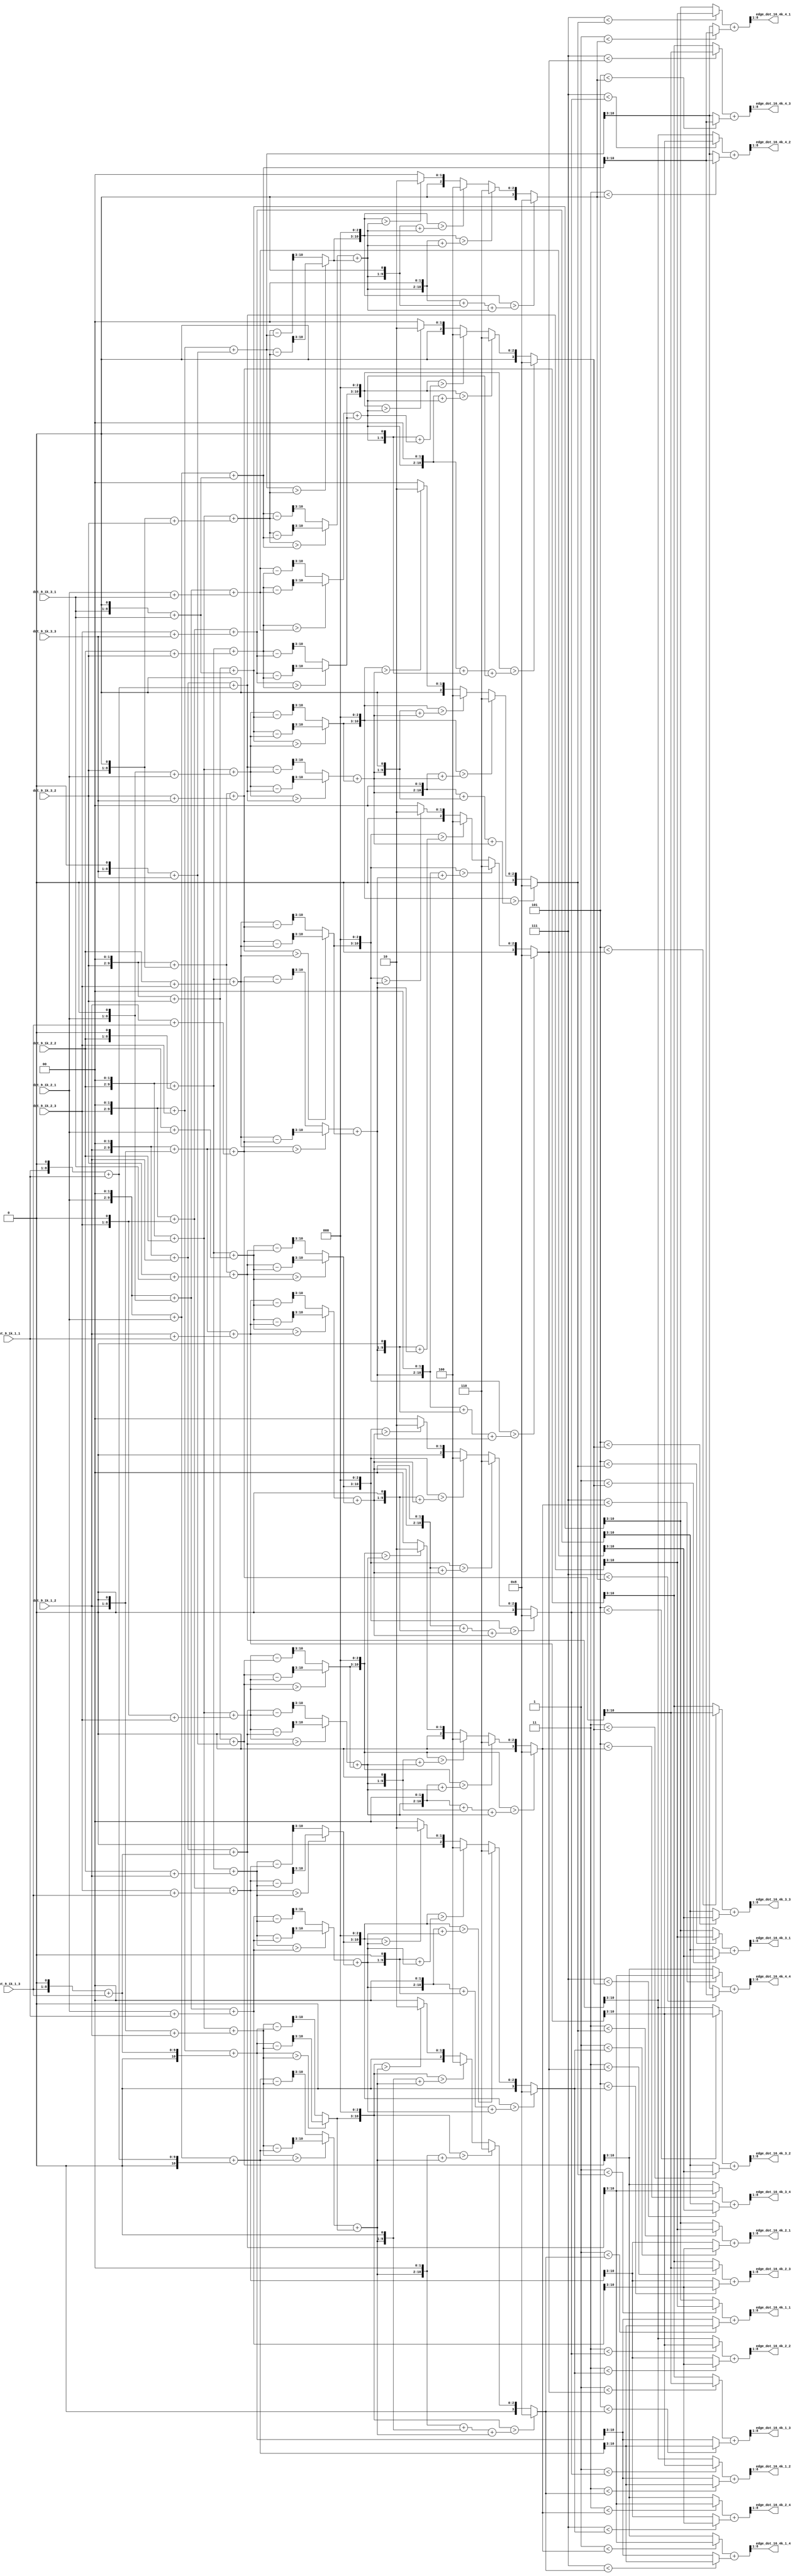
//9164k
module edge_16_generate
(
    input   wire    [7:0]   dot_9_1k_1_1            ,//1k9
    input   wire    [7:0]   dot_9_1k_1_2            ,
    input   wire    [7:0]   dot_9_1k_1_3            ,
    input   wire    [7:0]   dot_9_1k_2_1            ,
    input   wire    [7:0]   dot_9_1k_2_2            ,
    input   wire    [7:0]   dot_9_1k_2_3            ,
    input   wire    [7:0]   dot_9_1k_3_1            ,
    input   wire    [7:0]   dot_9_1k_3_2            ,
    input   wire    [7:0]   dot_9_1k_3_3            ,
    
    output  wire    [7:0]   edge_dot_16_4k_1_1    ,//94k
    output  wire    [7:0]   edge_dot_16_4k_1_2    ,
    output  wire    [7:0]   edge_dot_16_4k_1_3    ,
    output  wire    [7:0]   edge_dot_16_4k_1_4    ,
    output  wire    [7:0]   edge_dot_16_4k_2_1    ,
    output  wire    [7:0]   edge_dot_16_4k_2_2    ,
    output  wire    [7:0]   edge_dot_16_4k_2_3    ,
    output  wire    [7:0]   edge_dot_16_4k_2_4    ,
    output  wire    [7:0]   edge_dot_16_4k_3_1    ,
    output  wire    [7:0]   edge_dot_16_4k_3_2    ,
    output  wire    [7:0]   edge_dot_16_4k_3_3    ,
    output  wire    [7:0]   edge_dot_16_4k_3_4    ,
    output  wire    [7:0]   edge_dot_16_4k_4_1    ,
    output  wire    [7:0]   edge_dot_16_4k_4_2    ,
    output  wire    [7:0]   edge_dot_16_4k_4_3    ,
    output  wire    [7:0]   edge_dot_16_4k_4_4    
);

//
// wire    [9:0]   dot_9_1k_1_1_ls2    ;  
wire    [8:0]   dot_9_1k_1_1_ls1    ;  
// assign  dot_9_1k_1_1_ls2=dot_9_1k_1_1<<2;
assign  dot_9_1k_1_1_ls1=dot_9_1k_1_1<<1;
   
wire    [9:0]   dot_9_1k_1_2_ls2    ;  
wire    [8:0]   dot_9_1k_1_2_ls1    ;  
assign  dot_9_1k_1_2_ls2=dot_9_1k_1_2<<2;
assign  dot_9_1k_1_2_ls1=dot_9_1k_1_2<<1;

// wire    [9:0]   dot_9_1k_1_3_ls2    ;  
wire    [8:0]   dot_9_1k_1_3_ls1    ;  
// assign  dot_9_1k_1_3_ls2=dot_9_1k_1_3<<2;
assign  dot_9_1k_1_3_ls1=dot_9_1k_1_3<<1; 
          
wire    [9:0]   dot_9_1k_2_1_ls2    ;  
wire    [8:0]   dot_9_1k_2_1_ls1    ;  
assign  dot_9_1k_2_1_ls2=dot_9_1k_2_1<<2;
assign  dot_9_1k_2_1_ls1=dot_9_1k_2_1<<1;

wire    [9:0]   dot_9_1k_2_2_ls2    ;  
wire    [8:0]   dot_9_1k_2_2_ls1    ;  
assign  dot_9_1k_2_2_ls2=dot_9_1k_2_2<<2;
assign  dot_9_1k_2_2_ls1=dot_9_1k_2_2<<1;

wire    [9:0]   dot_9_1k_2_3_ls2    ;  
wire    [8:0]   dot_9_1k_2_3_ls1    ;  
assign  dot_9_1k_2_3_ls2=dot_9_1k_2_3<<2;
assign  dot_9_1k_2_3_ls1=dot_9_1k_2_3<<1;       
           
// wire    [9:0]   dot_9_1k_3_1_ls2    ;  
wire    [8:0]   dot_9_1k_3_1_ls1    ;  
// assign  dot_9_1k_3_1_ls2=dot_9_1k_3_1<<2;
assign  dot_9_1k_3_1_ls1=dot_9_1k_3_1<<1;

wire    [9:0]   dot_9_1k_3_2_ls2    ;  
wire    [8:0]   dot_9_1k_3_2_ls1    ;  
assign  dot_9_1k_3_2_ls2=dot_9_1k_3_2<<2;
assign  dot_9_1k_3_2_ls1=dot_9_1k_3_2<<1;       

// wire    [9:0]   dot_9_1k_3_3_ls2    ;  
wire    [8:0]   dot_9_1k_3_3_ls1    ;  
// assign  dot_9_1k_3_3_ls2=dot_9_1k_3_3<<2;
assign  dot_9_1k_3_3_ls1=dot_9_1k_3_3<<1;
            
//
//
wire    [10:0]   pixel_left_r1       ;
wire    [10:0]   pixel_right_r1      ;
wire    [10:0]   pixel_midle_r1      ;
assign  pixel_left_r1=(dot_9_1k_2_1_ls2+dot_9_1k_2_1)+(dot_9_1k_1_1_ls1+dot_9_1k_1_1);
assign  pixel_right_r1=(dot_9_1k_2_3_ls2+dot_9_1k_2_3)+(dot_9_1k_1_3_ls1+dot_9_1k_1_3);
assign  pixel_midle_r1=(dot_9_1k_2_2_ls2+dot_9_1k_2_2)+(dot_9_1k_1_2_ls1+dot_9_1k_1_2);
//
wire    [7:0]   pixel_left_r_1       ;
wire    [7:0]   pixel_right_r_1      ;
assign  pixel_left_r_1=pixel_left_r1>>3;
assign  pixel_right_r_1=pixel_right_r1>>3;
//
reg     [7:0]   d1_left ;
always@(*) begin
    if(pixel_midle_r1>pixel_left_r1)
        d1_left=(pixel_midle_r1-pixel_left_r1)>>3;
    else
        d1_left=(pixel_left_r1-pixel_midle_r1)>>3;
end
reg     [7:0]   d1_right ;
always@(*) begin
    if(pixel_right_r1>pixel_midle_r1)
        d1_right=(pixel_right_r1-pixel_midle_r1)>>3;
    else
        d1_right=(pixel_midle_r1-pixel_right_r1)>>3;
end
//1x(d1_left+d1_right),3x(d1_left+d1_right),5x(d1_left+d1_right),7x(d1_left+d1_right)
wire    [10:0]  d1_right_ls3;
wire    [8:0]   d1_right_add_d1_left  ;
wire    [9:0]   three_mul_d1_right_add_d1_left  ;
wire    [10:0]  five_mul_d1_right_add_d1_left  ;
wire    [11:0]  seven_mul_d1_right_add_d1_left  ;

assign  d1_right_ls3=d1_right<<3;
assign  d1_right_add_d1_left=d1_left+d1_right;
assign  three_mul_d1_right_add_d1_left=(d1_right_add_d1_left<<1)+d1_right_add_d1_left;
assign  five_mul_d1_right_add_d1_left=(d1_right_add_d1_left<<2)+d1_right_add_d1_left;
assign  seven_mul_d1_right_add_d1_left=((d1_right_add_d1_left<<2)+(d1_right_add_d1_left<<1))+d1_right_add_d1_left;
//x1
reg     [3:0]   x1;
always@(*) begin
    if(d1_right_ls3>seven_mul_d1_right_add_d1_left)
        x1=4'd8;
    else if(d1_right_ls3>five_mul_d1_right_add_d1_left)
        x1=4'd6;
    else if(d1_right_ls3>three_mul_d1_right_add_d1_left)
        x1=4'd4;
    else if(d1_right_ls3>d1_right_add_d1_left)
        x1=4'd2;
    else
        x1=4'd0;
end
//x14
reg     [7:0]   edge_dot_16_4k_r_1_1;
reg     [7:0]   edge_dot_16_4k_r_1_2;
reg     [7:0]   edge_dot_16_4k_r_1_3;
reg     [7:0]   edge_dot_16_4k_r_1_4;
always@(*) begin
    if(3'd1<x1)
        edge_dot_16_4k_r_1_1=pixel_left_r_1;
    else
        edge_dot_16_4k_r_1_1=pixel_right_r_1;
end
always@(*) begin
    if(3'd3<x1)
        edge_dot_16_4k_r_1_2=pixel_left_r_1;
    else
        edge_dot_16_4k_r_1_2=pixel_right_r_1;
end
always@(*) begin
    if(3'd5<x1)
        edge_dot_16_4k_r_1_3=pixel_left_r_1;
    else
        edge_dot_16_4k_r_1_3=pixel_right_r_1;
end
always@(*) begin
    if(3'd7<x1)
        edge_dot_16_4k_r_1_4=pixel_left_r_1;
    else
        edge_dot_16_4k_r_1_4=pixel_right_r_1;
end

//
wire    [10:0]   pixel_left_r2       ;
wire    [10:0]   pixel_right_r2      ;
wire    [10:0]   pixel_midle_r2      ;
assign  pixel_left_r2=(dot_9_1k_2_1_ls2+dot_9_1k_2_1_ls1)+(dot_9_1k_2_1+dot_9_1k_1_1);
assign  pixel_right_r2=(dot_9_1k_2_3_ls2+dot_9_1k_2_3_ls1)+(dot_9_1k_2_3+dot_9_1k_1_3);
assign  pixel_midle_r2=(dot_9_1k_2_2_ls2+dot_9_1k_2_2_ls1)+(dot_9_1k_2_2+dot_9_1k_1_2);
//
wire    [7:0]   pixel_left_r_2       ;
wire    [7:0]   pixel_right_r_2      ;
assign  pixel_left_r_2=pixel_left_r2>>3;
assign  pixel_right_r_2=pixel_right_r2>>3;
//
reg     [7:0]   d2_left ;
always@(*) begin
    if(pixel_midle_r2>pixel_left_r2)
        d2_left=(pixel_midle_r2-pixel_left_r2)>>3;
    else
        d2_left=(pixel_left_r2-pixel_midle_r2)>>3;
end
reg     [7:0]   d2_right ;
always@(*) begin
    if(pixel_right_r2>pixel_midle_r2)
        d2_right=(pixel_right_r2-pixel_midle_r2)>>3;
    else
        d2_right=(pixel_midle_r2-pixel_right_r2)>>3;
end
//1x(d2_left+d2_right),3x(d2_left+d2_right),5x(d2_left+d2_right),7x(d2_left+d2_right)
wire    [10:0]  d2_right_ls3;
wire    [8:0]   d2_right_add_d2_left  ;
wire    [9:0]   three_mul_d2_right_add_d2_left  ;
wire    [10:0]  five_mul_d2_right_add_d2_left  ;
wire    [11:0]  seven_mul_d2_right_add_d2_left  ;

assign  d2_right_ls3=d2_right<<3;
assign  d2_right_add_d2_left=d2_left+d2_right;
assign  three_mul_d2_right_add_d2_left=(d2_right_add_d2_left<<1)+d2_right_add_d2_left;
assign  five_mul_d2_right_add_d2_left=(d2_right_add_d2_left<<2)+d2_right_add_d2_left;
assign  seven_mul_d2_right_add_d2_left=((d2_right_add_d2_left<<2)+(d2_right_add_d2_left<<1))+d2_right_add_d2_left;
//x2
reg     [3:0]   x2;
always@(*) begin
    if(d2_right_ls3>seven_mul_d2_right_add_d2_left)
        x2=4'd8;
    else if(d2_right_ls3>five_mul_d2_right_add_d2_left)
        x2=4'd6;
    else if(d2_right_ls3>three_mul_d2_right_add_d2_left)
        x2=4'd4;
    else if(d2_right_ls3>d2_right_add_d2_left)
        x2=4'd2;
    else
        x2=4'd0;
end
//x24
reg     [7:0]   edge_dot_16_4k_r_2_1;
reg     [7:0]   edge_dot_16_4k_r_2_2;
reg     [7:0]   edge_dot_16_4k_r_2_3;
reg     [7:0]   edge_dot_16_4k_r_2_4;
always@(*) begin
    if(3'd1<x2)
        edge_dot_16_4k_r_2_1=pixel_left_r_2;
    else
        edge_dot_16_4k_r_2_1=pixel_right_r_2;
end
always@(*) begin
    if(3'd3<x2)
        edge_dot_16_4k_r_2_2=pixel_left_r_2;
    else
        edge_dot_16_4k_r_2_2=pixel_right_r_2;
end
always@(*) begin
    if(3'd5<x2)
        edge_dot_16_4k_r_2_3=pixel_left_r_2;
    else
        edge_dot_16_4k_r_2_3=pixel_right_r_2;
end
always@(*) begin
    if(3'd7<x2)
        edge_dot_16_4k_r_2_4=pixel_left_r_2;
    else
        edge_dot_16_4k_r_2_4=pixel_right_r_2;
end

//
wire    [10:0]   pixel_left_r3       ;
wire    [10:0]   pixel_right_r3      ;
wire    [10:0]   pixel_midle_r3    ;
assign  pixel_left_r3=(dot_9_1k_2_1_ls2+dot_9_1k_2_1_ls1)+(dot_9_1k_2_1+dot_9_1k_3_1);
assign  pixel_right_r3=(dot_9_1k_2_3_ls2+dot_9_1k_2_3_ls1)+(dot_9_1k_2_3+dot_9_1k_3_3);
assign  pixel_midle_r3=(dot_9_1k_2_2_ls2+dot_9_1k_2_2_ls1)+(dot_9_1k_2_2+dot_9_1k_3_2);
//
wire    [7:0]   pixel_left_r_3       ;
wire    [7:0]   pixel_right_r_3      ;
assign  pixel_left_r_3=pixel_left_r3>>3;
assign  pixel_right_r_3=pixel_right_r3>>3;
//
reg     [7:0]   d3_left ;
always@(*) begin
    if(pixel_midle_r3>pixel_left_r3)
        d3_left=(pixel_midle_r3-pixel_left_r3)>>3;
    else
        d3_left=(pixel_left_r3-pixel_midle_r3)>>3;
end
reg     [7:0]   d3_right ;
always@(*) begin
    if(pixel_right_r3>pixel_midle_r3)
        d3_right=(pixel_right_r3-pixel_midle_r3)>>3;
    else
        d3_right=(pixel_midle_r3-pixel_right_r3)>>3;
end
//1x(d3_left+d3_right),3x(d3_left+d3_right),5x(d3_left+d3_right),7x(d3_left+d3_right)
wire    [10:0]  d3_right_ls3;
wire    [8:0]   d3_right_add_d3_left  ;
wire    [9:0]   three_mul_d3_right_add_d3_left  ;
wire    [10:0]  five_mul_d3_right_add_d3_left  ;
wire    [11:0]  seven_mul_d3_right_add_d3_left  ;

assign  d3_right_ls3=d3_right<<3;
assign  d3_right_add_d3_left=d3_left+d3_right;
assign  three_mul_d3_right_add_d3_left=(d3_right_add_d3_left<<1)+d3_right_add_d3_left;
assign  five_mul_d3_right_add_d3_left=(d3_right_add_d3_left<<2)+d3_right_add_d3_left;
assign  seven_mul_d3_right_add_d3_left=((d3_right_add_d3_left<<2)+(d3_right_add_d3_left<<1))+d3_right_add_d3_left;
//x3
reg     [3:0]   x3;
always@(*) begin
    if(d3_right_ls3>seven_mul_d3_right_add_d3_left)
        x3=4'd8;
    else if(d3_right_ls3>five_mul_d3_right_add_d3_left)
        x3=4'd6;
    else if(d3_right_ls3>three_mul_d3_right_add_d3_left)
        x3=4'd4;
    else if(d3_right_ls3>d3_right_add_d3_left)
        x3=4'd2;
    else
        x3=4'd0;
end
//x34
reg     [7:0]   edge_dot_16_4k_r_3_1;
reg     [7:0]   edge_dot_16_4k_r_3_2;
reg     [7:0]   edge_dot_16_4k_r_3_3;
reg     [7:0]   edge_dot_16_4k_r_3_4;
always@(*) begin
    if(3'd1<x3)
        edge_dot_16_4k_r_3_1=pixel_left_r_3;
    else
        edge_dot_16_4k_r_3_1=pixel_right_r_3;
end
always@(*) begin
    if(3'd3<x3)
        edge_dot_16_4k_r_3_2=pixel_left_r_3;
    else
        edge_dot_16_4k_r_3_2=pixel_right_r_3;
end
always@(*) begin
    if(3'd5<x3)
        edge_dot_16_4k_r_3_3=pixel_left_r_3;
    else
        edge_dot_16_4k_r_3_3=pixel_right_r_3;
end
always@(*) begin
    if(3'd7<x3)
        edge_dot_16_4k_r_3_4=pixel_left_r_3;
    else
        edge_dot_16_4k_r_3_4=pixel_right_r_3;
end

//
wire    [10:0]   pixel_left_r4       ;
wire    [10:0]   pixel_right_r4      ;
wire    [10:0]   pixel_midle_r4      ;
assign  pixel_left_r4=(dot_9_1k_2_1_ls2+dot_9_1k_2_1)+(dot_9_1k_3_1_ls1+dot_9_1k_3_1);
assign  pixel_right_r4=(dot_9_1k_2_3_ls2+dot_9_1k_2_3)+(dot_9_1k_3_3_ls1+dot_9_1k_3_3);
assign  pixel_midle_r4=(dot_9_1k_2_2_ls2+dot_9_1k_2_2)+(dot_9_1k_3_2_ls1+dot_9_1k_3_2);
//
wire    [7:0]   pixel_left_r_4       ;
wire    [7:0]   pixel_right_r_4      ;
assign  pixel_left_r_4=pixel_left_r4>>3;
assign  pixel_right_r_4=pixel_right_r4>>3;
//
reg     [7:0]   d4_left ;
always@(*) begin
    if(pixel_midle_r4>pixel_left_r4)
        d4_left=(pixel_midle_r4-pixel_left_r4)>>3;
    else
        d4_left=(pixel_left_r4-pixel_midle_r4)>>3;
end
reg     [7:0]   d4_right ;
always@(*) begin
    if(pixel_right_r4>pixel_midle_r4)
        d4_right=(pixel_right_r4-pixel_midle_r4)>>3;
    else
        d4_right=(pixel_midle_r4-pixel_right_r4)>>3;
end
//1x(d4_left+d4_right),3x(d4_left+d4_right),5x(d4_left+d4_right),7x(d4_left+d4_right)
wire    [10:0]  d4_right_ls3;
wire    [8:0]   d4_right_add_d4_left  ;
wire    [9:0]   three_mul_d4_right_add_d4_left  ;
wire    [10:0]  five_mul_d4_right_add_d4_left  ;
wire    [11:0]  seven_mul_d4_right_add_d4_left  ;

assign  d4_right_ls3=d4_right<<3;
assign  d4_right_add_d4_left=d4_left+d4_right;
assign  three_mul_d4_right_add_d4_left=(d4_right_add_d4_left<<1)+d4_right_add_d4_left;
assign  five_mul_d4_right_add_d4_left=(d4_right_add_d4_left<<2)+d4_right_add_d4_left;
assign  seven_mul_d4_right_add_d4_left=((d4_right_add_d4_left<<2)+(d4_right_add_d4_left<<1))+d4_right_add_d4_left;
//x4
reg     [3:0]   x4;
always@(*) begin
    if(d4_right_ls3>seven_mul_d4_right_add_d4_left)
        x4=4'd8;
    else if(d4_right_ls3>five_mul_d4_right_add_d4_left)
        x4=4'd6;
    else if(d4_right_ls3>three_mul_d4_right_add_d4_left)
        x4=4'd4;
    else if(d4_right_ls3>d4_right_add_d4_left)
        x4=4'd2;
    else
        x4=4'd0;
end
//x44
reg     [7:0]   edge_dot_16_4k_r_4_1;
reg     [7:0]   edge_dot_16_4k_r_4_2;
reg     [7:0]   edge_dot_16_4k_r_4_3;
reg     [7:0]   edge_dot_16_4k_r_4_4;
always@(*) begin
    if(3'd1<x4)
        edge_dot_16_4k_r_4_1=pixel_left_r_4;
    else
        edge_dot_16_4k_r_4_1=pixel_right_r_4;
end
always@(*) begin
    if(3'd3<x4)
        edge_dot_16_4k_r_4_2=pixel_left_r_4;
    else
        edge_dot_16_4k_r_4_2=pixel_right_r_4;
end
always@(*) begin
    if(3'd5<x4)
        edge_dot_16_4k_r_4_3=pixel_left_r_4;
    else
        edge_dot_16_4k_r_4_3=pixel_right_r_4;
end
always@(*) begin
    if(3'd7<x4)
        edge_dot_16_4k_r_4_4=pixel_left_r_4;
    else
        edge_dot_16_4k_r_4_4=pixel_right_r_4;
end

//
//
wire    [10:0]   pixel_up_c1       ;
wire    [10:0]   pixel_down_c1      ;
wire    [10:0]  pixel_midle_c1    ;
assign  pixel_up_c1=(dot_9_1k_1_2_ls2+dot_9_1k_1_2)+(dot_9_1k_1_1_ls1+dot_9_1k_1_1);
assign  pixel_down_c1=(dot_9_1k_3_2_ls2+dot_9_1k_3_2)+(dot_9_1k_3_1_ls1+dot_9_1k_3_1);
assign  pixel_midle_c1=(dot_9_1k_2_2_ls2+dot_9_1k_2_2)+(dot_9_1k_2_1_ls1+dot_9_1k_2_1);
//
wire    [7:0]   pixel_up_c_1       ;
wire    [7:0]   pixel_down_c_1      ;
assign  pixel_up_c_1=pixel_up_c1>>3;
assign  pixel_down_c_1=pixel_down_c1>>3;
//
reg     [7:0]   d1_up ;
always@(*) begin
    if(pixel_midle_c1>pixel_up_c1)
        d1_up=(pixel_midle_c1-pixel_up_c1)>>3;
    else
        d1_up=(pixel_up_c1-pixel_midle_c1)>>3;
end
reg     [7:0]   d1_down ;
always@(*) begin
    if(pixel_down_c1>pixel_midle_c1)
        d1_down=(pixel_down_c1-pixel_midle_c1)>>3;
    else
        d1_down=(pixel_midle_c1-pixel_down_c1)>>3;
end
//1x(d1_up+d1_down),3x(d1_up+d1_down),5x(d1_up+d1_down),7x(d1_up+d1_down)
wire    [10:0]  d1_down_ls3;
wire    [8:0]   d1_down_add_d1_up  ;
wire    [9:0]   three_mul_d1_down_add_d1_up  ;
wire    [10:0]  five_mul_d1_down_add_d1_up  ;
wire    [11:0]  seven_mul_d1_down_add_d1_up  ;

assign  d1_down_ls3=d1_down<<3;
assign  d1_down_add_d1_up=d1_up+d1_down;
assign  three_mul_d1_down_add_d1_up=(d1_down_add_d1_up<<1)+d1_down_add_d1_up;
assign  five_mul_d1_down_add_d1_up=(d1_down_add_d1_up<<2)+d1_down_add_d1_up;
assign  seven_mul_d1_down_add_d1_up=((d1_down_add_d1_up<<2)+(d1_down_add_d1_up<<1))+d1_down_add_d1_up;
//y1
reg     [3:0]   y1;
always@(*) begin
    if(d1_down_ls3>seven_mul_d1_down_add_d1_up)
        y1=4'd8;
    else if(d1_down_ls3>five_mul_d1_down_add_d1_up)
        y1=4'd6;
    else if(d1_down_ls3>three_mul_d1_down_add_d1_up)
        y1=4'd4;
    else if(d1_down_ls3>d1_down_add_d1_up)
        y1=4'd2;
    else
        y1=4'd0;
end
//y14
reg     [7:0]   edge_dot_16_4k_c_1_1;
reg     [7:0]   edge_dot_16_4k_c_2_1;
reg     [7:0]   edge_dot_16_4k_c_3_1;
reg     [7:0]   edge_dot_16_4k_c_4_1;
always@(*) begin
    if(3'd1<y1)
        edge_dot_16_4k_c_1_1=pixel_up_c_1;
    else
        edge_dot_16_4k_c_1_1=pixel_down_c_1;
end
always@(*) begin
    if(3'd3<y1)
        edge_dot_16_4k_c_2_1=pixel_up_c_1;
    else
        edge_dot_16_4k_c_2_1=pixel_down_c_1;
end
always@(*) begin
    if(3'd5<y1)
        edge_dot_16_4k_c_3_1=pixel_up_c_1;
    else
        edge_dot_16_4k_c_3_1=pixel_down_c_1;
end
always@(*) begin
    if(3'd7<y1)
        edge_dot_16_4k_c_4_1=pixel_up_c_1;
    else
        edge_dot_16_4k_c_4_1=pixel_down_c_1;
end

//
wire    [10:0]   pixel_up_c2       ;
wire    [10:0]   pixel_down_c2      ;
wire    [10:0]   pixel_midle_c2      ;
assign  pixel_up_c2=(dot_9_1k_1_2_ls2+dot_9_1k_1_2_ls1)+(dot_9_1k_1_2+dot_9_1k_1_1);
assign  pixel_down_c2=(dot_9_1k_3_2_ls2+dot_9_1k_3_2_ls1)+(dot_9_1k_3_2+dot_9_1k_3_1);
assign  pixel_midle_c2=(dot_9_1k_2_2_ls2+dot_9_1k_2_2_ls1)+(dot_9_1k_2_2+dot_9_1k_2_1);
//
wire    [7:0]   pixel_up_c_2       ;
wire    [7:0]   pixel_down_c_2      ;
assign  pixel_up_c_2=pixel_up_c2>>3;
assign  pixel_down_c_2=pixel_down_c2>>3;
//
reg     [7:0]   d2_up ;
always@(*) begin
    if(pixel_midle_c2>pixel_up_c2)
        d2_up=(pixel_midle_c2-pixel_up_c2)>>3;
    else
        d2_up=(pixel_up_c2-pixel_midle_c2)>>3;
end
reg     [7:0]   d2_down ;
always@(*) begin
    if(pixel_down_c2>pixel_midle_c2)
        d2_down=(pixel_down_c2-pixel_midle_c2)>>3;
    else
        d2_down=(pixel_midle_c2-pixel_down_c2)>>3;
end
//1x(d2_left+d2_right),3x(d2_left+d2_right),5x(d2_left+d2_right),7x(d2_left+d2_right)
wire    [10:0]  d2_down_ls3;
wire    [8:0]   d2_down_add_d2_up  ;
wire    [9:0]   three_mul_d2_down_add_d2_up  ;
wire    [10:0]  five_mul_d2_down_add_d2_up  ;
wire    [11:0]  seven_mul_d2_down_add_d2_up  ;

assign  d2_down_ls3=d2_down<<3;
assign  d2_down_add_d2_up=d2_up+d2_down;
assign  three_mul_d2_down_add_d2_up=(d2_down_add_d2_up<<1)+d2_down_add_d2_up;
assign  five_mul_d2_down_add_d2_up=(d2_down_add_d2_up<<2)+d2_down_add_d2_up;
assign  seven_mul_d2_down_add_d2_up=((d2_down_add_d2_up<<2)+(d2_down_add_d2_up<<1))+d2_down_add_d2_up;
//y2
reg     [3:0]   y2;
always@(*) begin
    if(d2_down_ls3>seven_mul_d2_down_add_d2_up)
        y2=4'd8;
    else if(d2_down_ls3>five_mul_d2_down_add_d2_up)
        y2=4'd6;
    else if(d2_down_ls3>three_mul_d2_down_add_d2_up)
        y2=4'd4;
    else if(d2_down_ls3>d2_down_add_d2_up)
        y2=4'd2;
    else
        y2=4'd0;
end
//y24
reg     [7:0]   edge_dot_16_4k_c_1_2;
reg     [7:0]   edge_dot_16_4k_c_2_2;
reg     [7:0]   edge_dot_16_4k_c_3_2;
reg     [7:0]   edge_dot_16_4k_c_4_2;
always@(*) begin
    if(3'd1<y2)
        edge_dot_16_4k_c_1_2=pixel_up_c_2;
    else
        edge_dot_16_4k_c_1_2=pixel_down_c_2;
end
always@(*) begin
    if(3'd3<y2)
        edge_dot_16_4k_c_2_2=pixel_up_c_2;
    else
        edge_dot_16_4k_c_2_2=pixel_down_c_2;
end
always@(*) begin
    if(3'd5<y2)
        edge_dot_16_4k_c_3_2=pixel_up_c_2;
    else
        edge_dot_16_4k_c_3_2=pixel_down_c_2;
end
always@(*) begin
    if(3'd7<y2)
        edge_dot_16_4k_c_4_2=pixel_up_c_2;
    else
        edge_dot_16_4k_c_4_2=pixel_down_c_2;
end

//
wire    [10:0]   pixel_up_c3       ;
wire    [10:0]   pixel_down_c3      ;
wire    [10:0]   pixel_midle_c3    ;
assign  pixel_up_c3=(dot_9_1k_1_2_ls2+dot_9_1k_1_2_ls1)+(dot_9_1k_1_2+dot_9_1k_1_3);
assign  pixel_down_c3=(dot_9_1k_3_2_ls2+dot_9_1k_3_2_ls1)+(dot_9_1k_3_2+dot_9_1k_3_3);
assign  pixel_midle_c3=(dot_9_1k_2_2_ls2+dot_9_1k_2_2_ls1)+(dot_9_1k_2_2+dot_9_1k_2_3);
//
wire    [7:0]   pixel_up_c_3       ;
wire    [7:0]   pixel_down_c_3      ;
assign  pixel_up_c_3=pixel_up_c3>>3;
assign  pixel_down_c_3=pixel_down_c3>>3;
//
reg     [7:0]   d3_up ;
always@(*) begin
    if(pixel_midle_c3>pixel_up_c3)
        d3_up=(pixel_midle_c3-pixel_up_c3)>>3;
    else
        d3_up=(pixel_up_c3-pixel_midle_c3)>>3;
end
reg     [7:0]   d3_down ;
always@(*) begin
    if(pixel_down_c3>pixel_midle_c3)
        d3_down=(pixel_down_c3-pixel_midle_c3)>>3;
    else
        d3_down=(pixel_midle_c3-pixel_down_c3)>>3;
end
//1x(d3_up+d3_down),3x(d3_up+d3_down),5x(d3_up+d3_down),7x(d3_up+d3_down)
wire    [10:0]  d3_down_ls3;
wire    [8:0]   d3_down_add_d3_up  ;
wire    [9:0]   three_mul_d3_down_add_d3_up  ;
wire    [10:0]  five_mul_d3_down_add_d3_up  ;
wire    [11:0]  seven_mul_d3_down_add_d3_up  ;

assign  d3_down_ls3=d3_down<<3;
assign  d3_down_add_d3_up=d3_up+d3_down;
assign  three_mul_d3_down_add_d3_up=(d3_down_add_d3_up<<1)+d3_down_add_d3_up;
assign  five_mul_d3_down_add_d3_up=(d3_down_add_d3_up<<2)+d3_down_add_d3_up;
assign  seven_mul_d3_down_add_d3_up=((d3_down_add_d3_up<<2)+(d3_down_add_d3_up<<1))+d3_down_add_d3_up;
//y3
reg     [3:0]   y3;
always@(*) begin
    if(d3_down_ls3>seven_mul_d3_down_add_d3_up)
        y3=4'd8;
    else if(d3_down_ls3>five_mul_d3_down_add_d3_up)
        y3=4'd6;
    else if(d3_down_ls3>three_mul_d3_down_add_d3_up)
        y3=4'd4;
    else if(d3_down_ls3>d3_down_add_d3_up)
        y3=4'd2;
    else
        y3=4'd0;
end
//y34
reg     [7:0]   edge_dot_16_4k_c_1_3;
reg     [7:0]   edge_dot_16_4k_c_2_3;
reg     [7:0]   edge_dot_16_4k_c_3_3;
reg     [7:0]   edge_dot_16_4k_c_4_3;
always@(*) begin
    if(3'd1<y3)
        edge_dot_16_4k_c_1_3=pixel_up_c_3;
    else
        edge_dot_16_4k_c_1_3=pixel_down_c_3;
end
always@(*) begin
    if(3'd3<y3)
        edge_dot_16_4k_c_2_3=pixel_up_c_3;
    else
        edge_dot_16_4k_c_2_3=pixel_down_c_3;
end
always@(*) begin
    if(3'd5<y3)
        edge_dot_16_4k_c_3_3=pixel_up_c_3;
    else
        edge_dot_16_4k_c_3_3=pixel_down_c_3;
end
always@(*) begin
    if(3'd7<y3)
        edge_dot_16_4k_c_4_3=pixel_up_c_3;
    else
        edge_dot_16_4k_c_4_3=pixel_down_c_3;
end

//
wire    [10:0]   pixel_up_c4       ;
wire    [10:0]   pixel_down_c4      ;
wire    [10:0]   pixel_midle_c4      ;
assign  pixel_up_c4=(dot_9_1k_1_2_ls2+dot_9_1k_1_2)+(dot_9_1k_1_3_ls1+dot_9_1k_1_3);
assign  pixel_down_c4=(dot_9_1k_3_2_ls2+dot_9_1k_3_2)+(dot_9_1k_3_3_ls1+dot_9_1k_3_3);
assign  pixel_midle_c4=(dot_9_1k_2_2_ls2+dot_9_1k_2_2)+(dot_9_1k_2_3_ls1+dot_9_1k_2_3);
//
wire    [7:0]   pixel_up_c_4       ;
wire    [7:0]   pixel_down_c_4      ;
assign  pixel_up_c_4=pixel_up_c4>>3;
assign  pixel_down_c_4=pixel_down_c4>>3;
//
reg     [7:0]   d4_up ;
always@(*) begin
    if(pixel_midle_c4>pixel_up_c4)
        d4_up=(pixel_midle_c4-pixel_up_c4)>>3;
    else
        d4_up=(pixel_up_c4-pixel_midle_c4)>>3;
end
reg     [7:0]   d4_down ;
always@(*) begin
    if(pixel_down_c4>pixel_midle_c4)
        d4_down=(pixel_down_c4-pixel_midle_c4)>>3;
    else
        d4_down=(pixel_midle_c4-pixel_down_c4)>>3;
end
//1x(d4_up+d4_down),3x(d4_up+d4_down),5x(d4_up+d4_down),7x(d4_up+d4_down)
wire    [10:0]  d4_down_ls3;
wire    [8:0]   d4_down_add_d4_up  ;
wire    [9:0]   three_mul_d4_down_add_d4_up  ;
wire    [10:0]  five_mul_d4_down_add_d4_up  ;
wire    [11:0]  seven_mul_d4_down_add_d4_up  ;

assign  d4_down_ls3=d4_down<<3;
assign  d4_down_add_d4_up=d4_up+d4_down;
assign  three_mul_d4_down_add_d4_up=(d4_down_add_d4_up<<1)+d4_down_add_d4_up;
assign  five_mul_d4_down_add_d4_up=(d4_down_add_d4_up<<2)+d4_down_add_d4_up;
assign  seven_mul_d4_down_add_d4_up=((d4_down_add_d4_up<<2)+(d4_down_add_d4_up<<1))+d4_down_add_d4_up;
//y4
reg     [3:0]   y4;
always@(*) begin
    if(d4_down_ls3>seven_mul_d4_down_add_d4_up)
        y4=4'd8;
    else if(d4_down_ls3>five_mul_d4_down_add_d4_up)
        y4=4'd6;
    else if(d4_down_ls3>three_mul_d4_down_add_d4_up)
        y4=4'd4;
    else if(d4_down_ls3>d4_down_add_d4_up)
        y4=4'd2;
    else
        y4=4'd0;
end
//y44
reg     [7:0]   edge_dot_16_4k_c_1_4;
reg     [7:0]   edge_dot_16_4k_c_2_4;
reg     [7:0]   edge_dot_16_4k_c_3_4;
reg     [7:0]   edge_dot_16_4k_c_4_4;
always@(*) begin
    if(3'd1<y4)
        edge_dot_16_4k_c_1_4=pixel_up_c_4;
    else
        edge_dot_16_4k_c_1_4=pixel_down_c_4;
end
always@(*) begin
    if(3'd3<y4)
        edge_dot_16_4k_c_2_4=pixel_up_c_4;
    else
        edge_dot_16_4k_c_2_4=pixel_down_c_4;
end
always@(*) begin
    if(3'd5<y4)
        edge_dot_16_4k_c_3_4=pixel_up_c_4;
    else
        edge_dot_16_4k_c_3_4=pixel_down_c_4;
end
always@(*) begin
    if(3'd7<y4)
        edge_dot_16_4k_c_4_4=pixel_up_c_4;
    else
        edge_dot_16_4k_c_4_4=pixel_down_c_4;
end
//(+)/2
wire    [8:0]   r_add_c_1_1    ;
wire    [8:0]   r_add_c_1_2    ;
wire    [8:0]   r_add_c_1_3    ;
wire    [8:0]   r_add_c_1_4    ;
wire    [8:0]   r_add_c_2_1    ;
wire    [8:0]   r_add_c_2_2    ;
wire    [8:0]   r_add_c_2_3    ;
wire    [8:0]   r_add_c_2_4    ;
wire    [8:0]   r_add_c_3_1    ;
wire    [8:0]   r_add_c_3_2    ;
wire    [8:0]   r_add_c_3_3    ;
wire    [8:0]   r_add_c_3_4    ;
wire    [8:0]   r_add_c_4_1    ;
wire    [8:0]   r_add_c_4_2    ;
wire    [8:0]   r_add_c_4_3    ;
wire    [8:0]   r_add_c_4_4    ;
assign   r_add_c_1_1=edge_dot_16_4k_c_1_1+edge_dot_16_4k_r_1_1  ;
assign   r_add_c_1_2=edge_dot_16_4k_c_1_2+edge_dot_16_4k_r_1_2  ;
assign   r_add_c_1_3=edge_dot_16_4k_c_1_3+edge_dot_16_4k_r_1_3  ;
assign   r_add_c_1_4=edge_dot_16_4k_c_1_4+edge_dot_16_4k_r_1_4  ;
assign   r_add_c_2_1=edge_dot_16_4k_c_2_1+edge_dot_16_4k_r_2_1  ;
assign   r_add_c_2_2=edge_dot_16_4k_c_2_2+edge_dot_16_4k_r_2_2  ;
assign   r_add_c_2_3=edge_dot_16_4k_c_2_3+edge_dot_16_4k_r_2_3  ;
assign   r_add_c_2_4=edge_dot_16_4k_c_2_4+edge_dot_16_4k_r_2_4  ;
assign   r_add_c_3_1=edge_dot_16_4k_c_3_1+edge_dot_16_4k_r_3_1  ;
assign   r_add_c_3_2=edge_dot_16_4k_c_3_2+edge_dot_16_4k_r_3_2  ;
assign   r_add_c_3_3=edge_dot_16_4k_c_3_3+edge_dot_16_4k_r_3_3  ;
assign   r_add_c_3_4=edge_dot_16_4k_c_3_4+edge_dot_16_4k_r_3_4  ;
assign   r_add_c_4_1=edge_dot_16_4k_c_4_1+edge_dot_16_4k_r_4_1  ;
assign   r_add_c_4_2=edge_dot_16_4k_c_4_2+edge_dot_16_4k_r_4_2  ;
assign   r_add_c_4_3=edge_dot_16_4k_c_4_3+edge_dot_16_4k_r_4_3  ;
assign   r_add_c_4_4=edge_dot_16_4k_c_4_4+edge_dot_16_4k_r_4_4  ;
    
assign   edge_dot_16_4k_1_1=r_add_c_1_1>>1 ;
assign   edge_dot_16_4k_1_2=r_add_c_1_2>>1 ;
assign   edge_dot_16_4k_1_3=r_add_c_1_3>>1 ;
assign   edge_dot_16_4k_1_4=r_add_c_1_4>>1 ;
assign   edge_dot_16_4k_2_1=r_add_c_2_1>>1 ;
assign   edge_dot_16_4k_2_2=r_add_c_2_2>>1 ;
assign   edge_dot_16_4k_2_3=r_add_c_2_3>>1 ;
assign   edge_dot_16_4k_2_4=r_add_c_2_4>>1 ;
assign   edge_dot_16_4k_3_1=r_add_c_3_1>>1 ;
assign   edge_dot_16_4k_3_2=r_add_c_3_2>>1 ;
assign   edge_dot_16_4k_3_3=r_add_c_3_3>>1 ;
assign   edge_dot_16_4k_3_4=r_add_c_3_4>>1 ;
assign   edge_dot_16_4k_4_1=r_add_c_4_1>>1 ;
assign   edge_dot_16_4k_4_2=r_add_c_4_2>>1 ;
assign   edge_dot_16_4k_4_3=r_add_c_4_3>>1 ;
assign   edge_dot_16_4k_4_4=r_add_c_4_4>>1 ;

endmodule